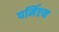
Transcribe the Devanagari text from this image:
पर्मिएन